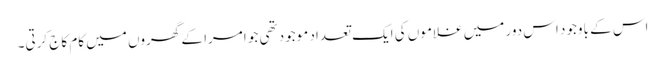
اس کے باوجود اس دور میں غلاموں کی ایک تعداد موجود تھی جو امرا کے گھروں میں کام کاج کرتی۔